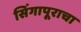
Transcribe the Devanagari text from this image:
सिंगापूराचा